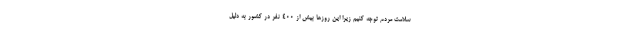
سلامت مردم توجه کنیم زیرا این روزها بیش از ۴۰۰ نفر در کشور به دلیل